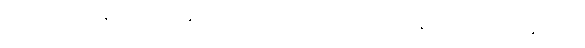
အဘိဏှံ ရောဒန္တိ စေဝ ဝိရဝန္တိ စ, သုဂတိတော အာဂတာ တံ အနုဿရိတွာ ဟသန္တိ, အယံ